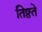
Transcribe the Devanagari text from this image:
तिष्ठते